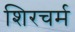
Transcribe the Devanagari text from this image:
शिरचर्म